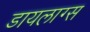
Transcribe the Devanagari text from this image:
डायलाग्स